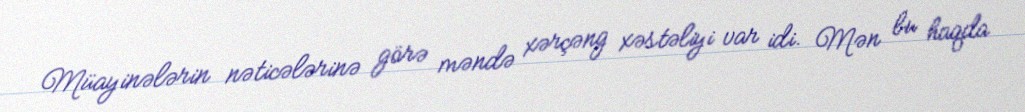
Müayinələrin nəticələrinə görə məndə xərçəng xəstəliyi var idi. Mən bu haqda